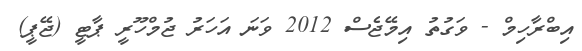
އިބްރާހިމް - ވަގުތު އިމޭޖެސް 2012 ވަނަ އަހަރު ޖުމްހޫރީ ޕާޓީ (ޖޭޕީ)